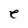
Character: e